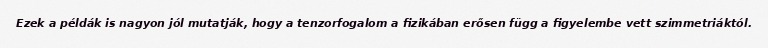
Ezek a példák is nagyon jól mutatják, hogy a tenzorfogalom a fizikában erősen függ a figyelembe vett szimmetriáktól.